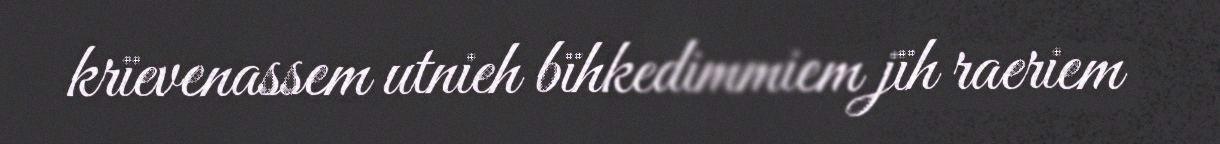
krïevenassem utnieh bïhkedimmiem jïh raeriem